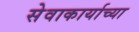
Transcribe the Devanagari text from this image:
सेवाकार्याच्या